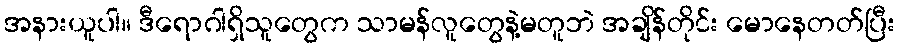
အနားယူပါ။ ဒီရောဂါရှိသူတွေက သာမန်လူတွေနဲ့မတူဘဲ အချိန်တိုင်း မောနေတတ်ပြီး